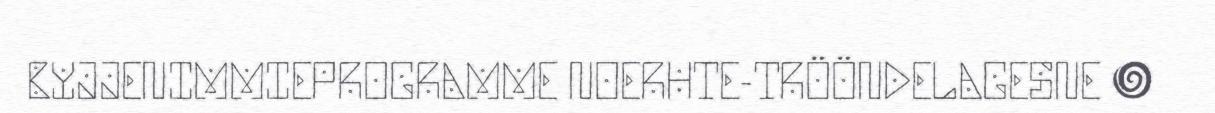
BYJJENIMMIEPROGRAMME NOERHTE-TRÖÖNDELAGESNE ●